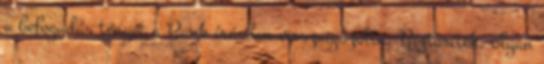
a befogadás tényét a Bank írásban visszaigazolta. Biztosíték: olyan